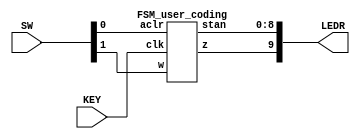
module FSM_user_coding_board(
		input [1:0] SW,
		input [0:0] KEY,
		output [9:0] LEDR);
	
	FSM_user_coding ex1(SW[1],KEY[0],SW[0],LEDR[9], LEDR[8:0]);
	
endmodule

module FSM_user_coding(
	input w,clk,aclr,
	output reg z, output reg [8:0] stan);	
	
	reg [3:0] y_Q, Y_D; 	// aktualny stan, nastepny stan
			
	localparam [3:0] 	A = 4'b0000,	// kody stanow 
			B = 4'b0001, 
			C = 4'b0010, 
			D = 4'b0011, 
			E = 4'b0100,
			F = 4'b0101, 
			G = 4'b0110, 
			H = 4'b0111, 
			I = 4'b1000;
			
	always @(*)		// definicja przejsc
		case (y_Q)
			A: 	if (!w) Y_D = B; 	else Y_D = F;
			B: 	if (!w) Y_D = C; 	else Y_D = F;
			C: 	if (!w) Y_D = D; 	else Y_D = F;
			D: 	if (!w) Y_D = E; 	else Y_D = F;
			E: 	if (!w) Y_D = E; 	else Y_D = F;
			F: 	if (!w) Y_D = B; 	else Y_D = G;
			G: 	if (!w) Y_D = B; 	else Y_D = H;
			H: 	if (!w) Y_D = B; 	else Y_D = I;
			I: 	if (!w) Y_D = B; 	else Y_D = I;
			default: 	Y_D = 4'bxxxx;
		endcase
		
	always @(posedge clk,negedge aclr)	// definicja pamieci
		if (~aclr) 		y_Q <= 0;
		else		y_Q <= Y_D;
		
	always @(*)
		stan <= y_Q;

	always @(*)			// definicja wyjsc
		z = (y_Q == E) | (y_Q == I);

			
endmodule